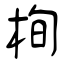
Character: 栒